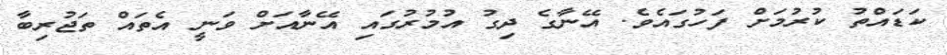
ކަޑައްތު ކުރުމަށް ފަހުގައެވެ. އޭނާގެ ދިގު އުމުރުގައި އޭނާއަށް ވަނީ އެތައް ތަޖުރިބާ